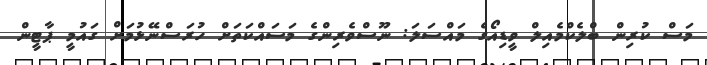
މަސް ކުރިން ބްލެކްމެއިލް ވީޑިއޯގެ މައްސަލަ: ނޫސްވެރިންގެ މަސައްކަތަށް ހުރަސްނޭޅުމަށް ގައުމީ ޕާޓީން